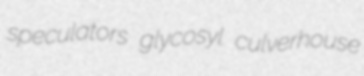
speculators glycosyl culverhouse